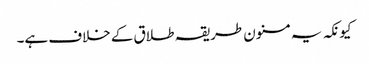
کیونکہ یہ مسنون طریقہ طلاق کے خلاف ہے۔